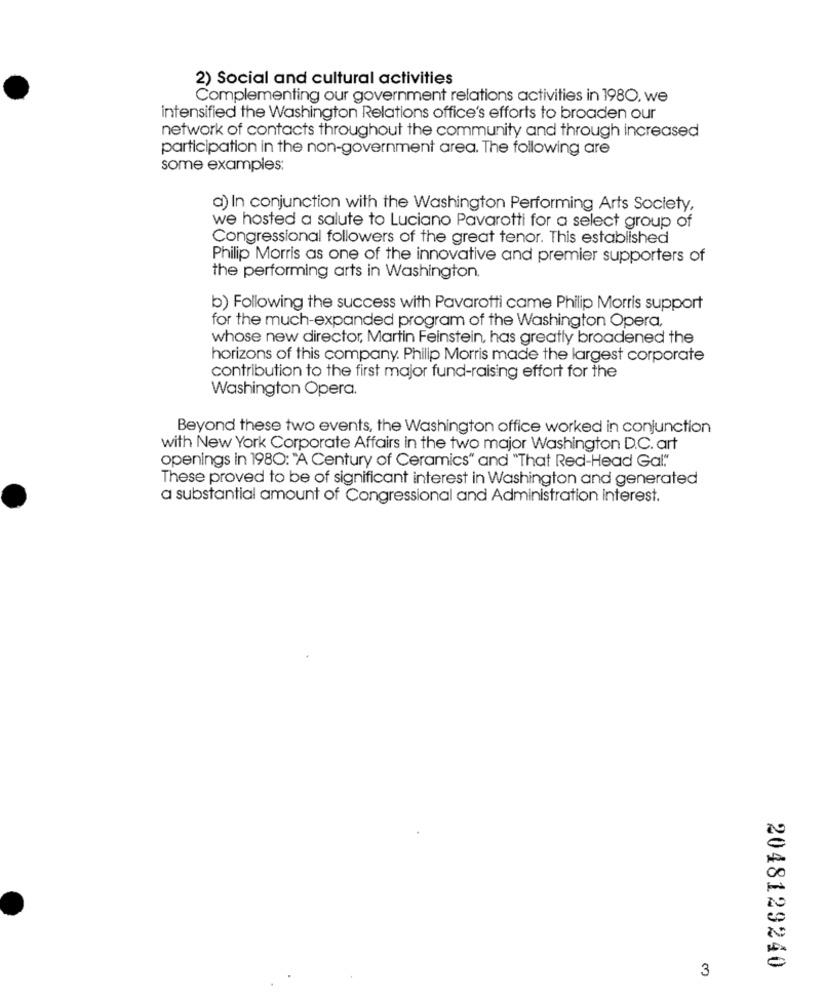
2) Social and cultural activities
Complementing our government relations activities in 1980. we
intensified the Washington Relations office's efforts to broaden our
network of contacts throughout the community and through increased
participation in the non-government area. The following are
some examples:
a) In conjunction with the Washington Performing Arts Society,
we hosted a salute to Luciano Pavarotti for a select group of
Congressional followers of the great tenor. This established
Philip Morris as one of the innovative and premier supporters of
the performing arts in Washington.
b) Following the success with Pavarotti came Philip Morris support
for the much-expanded program of the Washington Opera,
whose new director, Martin Feinstein, has greatly broadened the
horizons of this company. Philip Morris made the largest corporate
contribution to the first major fund-raising effort for the
Washington Opera.
Beyond these two events, the Washington office worked in conjunction
with New York Corporate Affairs in the two major Washington D.C. art
openings in 1980: "A Century of Ceramics" and "That Red-Head Gal"
These proved to be of significant interest in Washington and generated
a substantial amount of Congressional and Administration interest.
2048129240
3